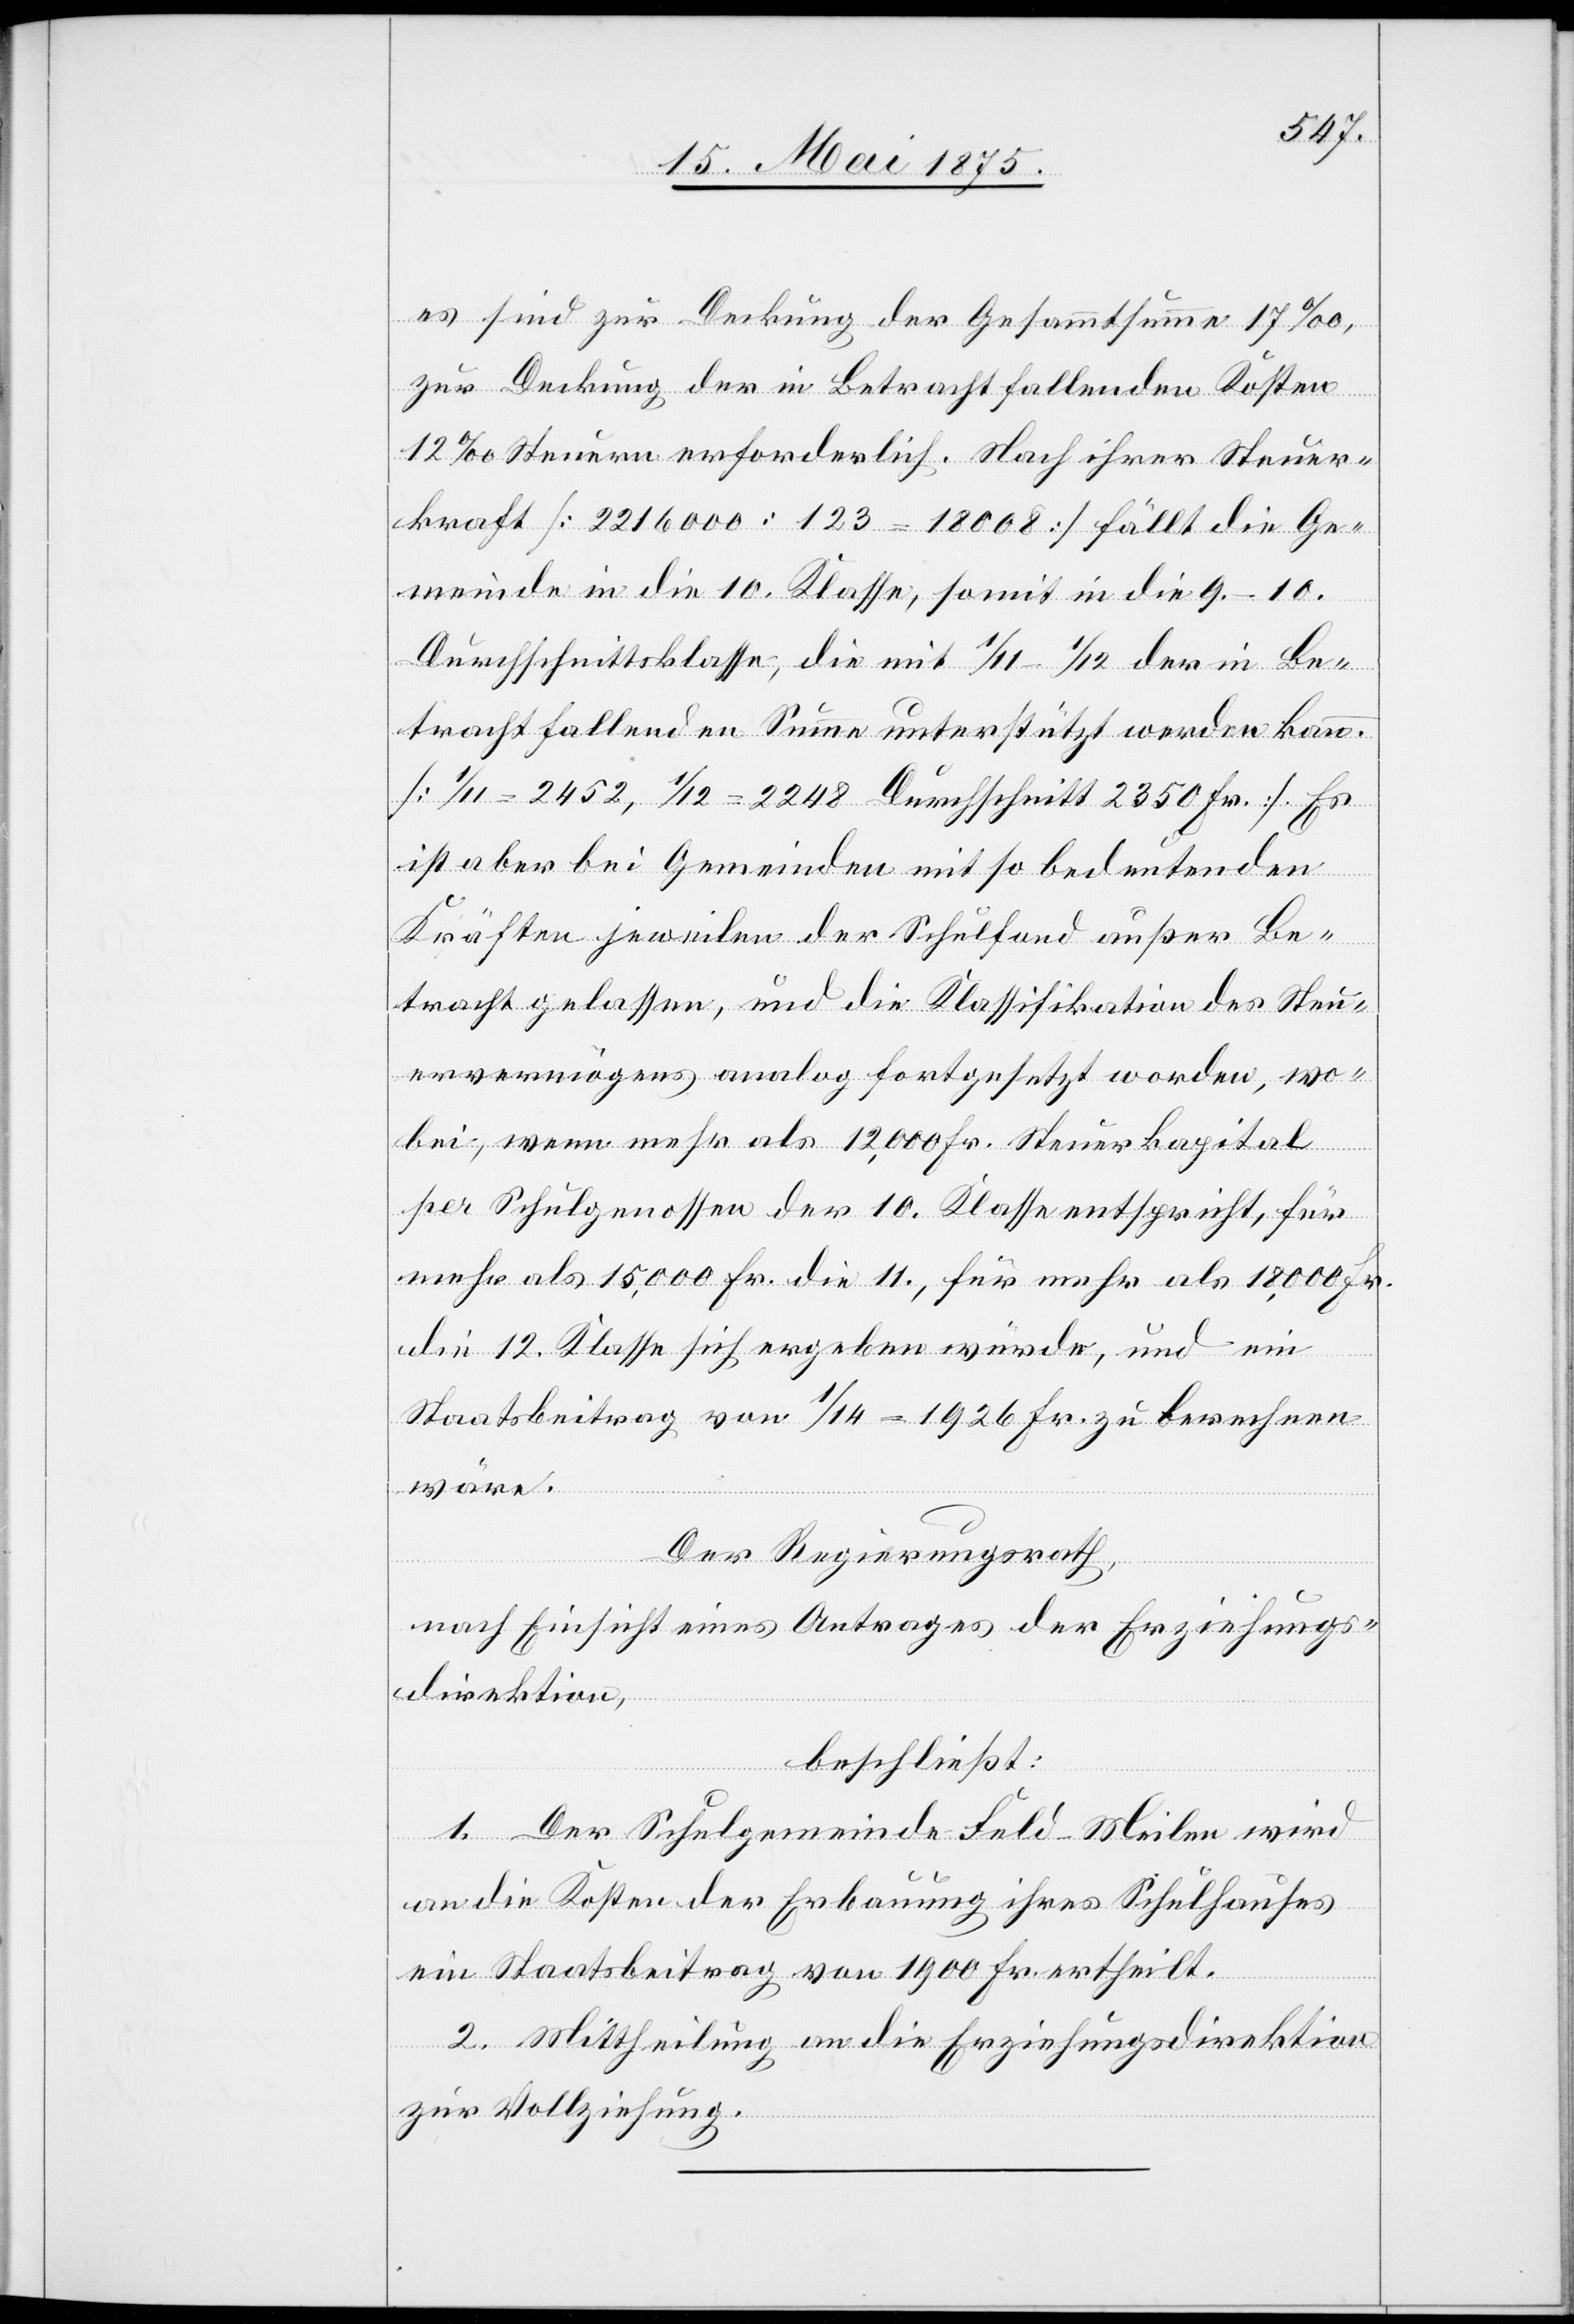
es sind zur Deckung der Gesammtsumme 17‰,
zur Deckung der in Betracht fallenden Kosten
12‰ Steuern erforderlich. Nach ihrer Steuer¬
kraft [2216000 : 123 = 18008] fällt die Ge¬
meinde in die 10. Klasse, somit in die 9.–10.
Durchschnittsklasse, die mit 1/11–1/12 der in Be¬
tracht fallenden Summe unterstützt werden kann.
[1/11 = 2452, 1/12 = 2248, Durchschnitt 2350 Fr.] Es
ist aber bei Gemeinden mit so bedeutenden
Kräften jeweilen der Schulfond außer Be¬
tracht gelassen, und die Klassifikation des Steu¬
ervermögens analog fortgesetzt worden, wo¬
bei, wenn mehr als 12,00 Fr. Steuerkapital
per Schulgenossen der 10. Klasse entspricht, für
mehr als 15,000 Fr. die 11., für mehr als 18,000 Fr.
die 12.Klasse sich ergeben würde, und ein
Staatsbeitrag von 1/14 = 1926 Fr. zu berechnen
wäre.
Der Regierungsrath,
nach Einsicht eines Antrages der Erziehungs¬
direktion,
beschließt:
1. Der Schulgemeinde Feld-Meilen wird
an die Kosten der Erbauung ihres Schulhauses
ein Staatsbeitrag von 1900 Fr. ertheilt.
2. Mittheilung an die Erziehungsdirektion
zur Vollziehung.